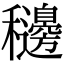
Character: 𥤓